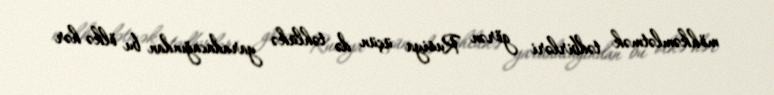
möhkəmlətmək tədbirləri görən Rusiya üçün də təhlükə yaradacağından bu ölkə hər